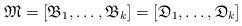
LaTeX: \begin{align*}\mathfrak{M} = [\mathfrak{B}_{1}, \dots, \mathfrak{B}_{k}] = [\mathfrak{D}_{1}, \dots, \mathfrak{D}_{k}]\end{align*}